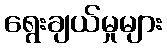
ရွေးချယ်မှုများ